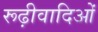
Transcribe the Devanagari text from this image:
रूढ़ीवादिओं